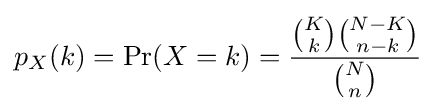
p_{X}(k)=\Pr(X=k)={\frac {{\binom {K}{k}}{\binom {N-K}{n-k}}}{\binom {N}{n}}}